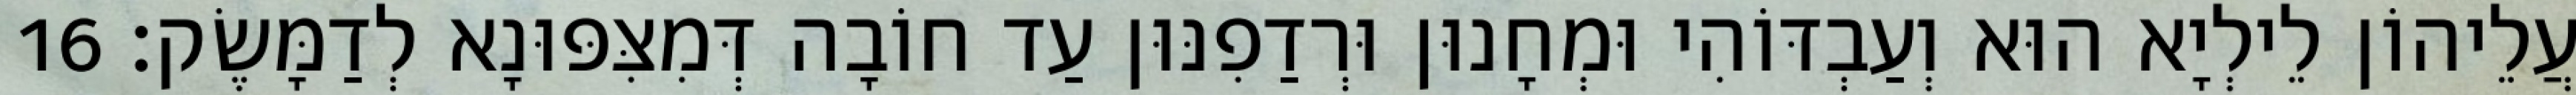
עֲלֵיהוֹן לֵילְיָא הוּא וְעַבְדּוֹהִי וּמְחָנוּן וּרְדַפִנּוּן עַד חוֹבָה דְּמִצִּפּוּנָא לְדַמָּשֶׂק׃ 16